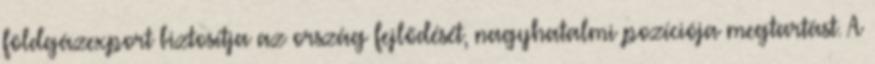
földgázexport biztosítja az ország fejlődését, nagyhatalmi pozíciója megtartást. A